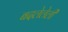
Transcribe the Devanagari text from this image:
बदलेलेली